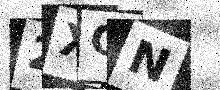
Text: 2XCN